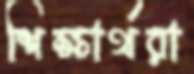
শিক্ষার্থরা